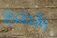
بالطبع